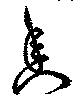
香